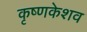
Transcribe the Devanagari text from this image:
कृष्णकेशव